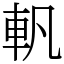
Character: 軓